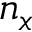
n _ { x }